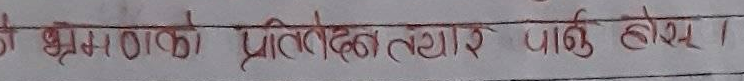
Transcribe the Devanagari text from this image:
श्री भ्रमणको प्रतिवेदन तयार गरी पाउनुहोस् ।